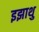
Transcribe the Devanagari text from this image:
इझाथु